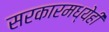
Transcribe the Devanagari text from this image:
सरकारमध्येही